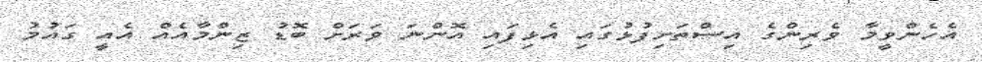
އެހެންވީމާ ވެރިންގެ އިސްތަށިފުޅުގައި އެޅިފައި އޮންނަ ވަރަށް ބޮޑު ޒިންމާއެއް އެއީ ގައުމު